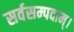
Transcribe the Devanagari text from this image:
सर्वसम्पदाम्‌।